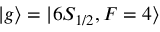
| g \rangle = | 6 S _ { 1 / 2 } , F = 4 \rangle